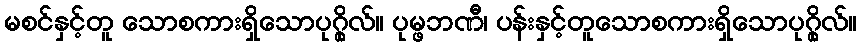
မစင်နှင့်တူ သောစကားရှိသောပုဂ္ဂိုလ်။ ပုမ္ဖဘဏီ၊ ပန်းနှင့်တူသောစကားရှိသောပုဂ္ဂိုလ်။